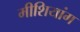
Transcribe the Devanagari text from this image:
मीशियांग